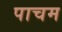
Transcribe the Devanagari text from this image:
पाचम